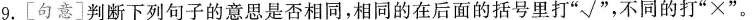
9. [句意] 判断下列句子的意思是否相同，相同的在后面的括号里打”√”，不同的打”×”。